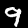
Label: 9